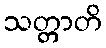
သတ္တာတိ